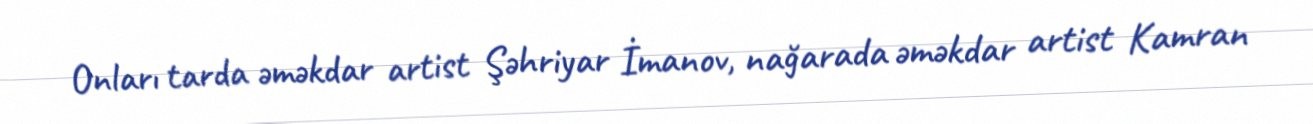
Onları tarda əməkdar artist Şəhriyar İmanov, nağarada əməkdar artist Kamran